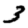
Digit: 3